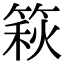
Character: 篍